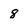
Character: 8